Vaccination North-Western Provinces and Oudh 1878-1895 - 1878-1895
Year: 1878
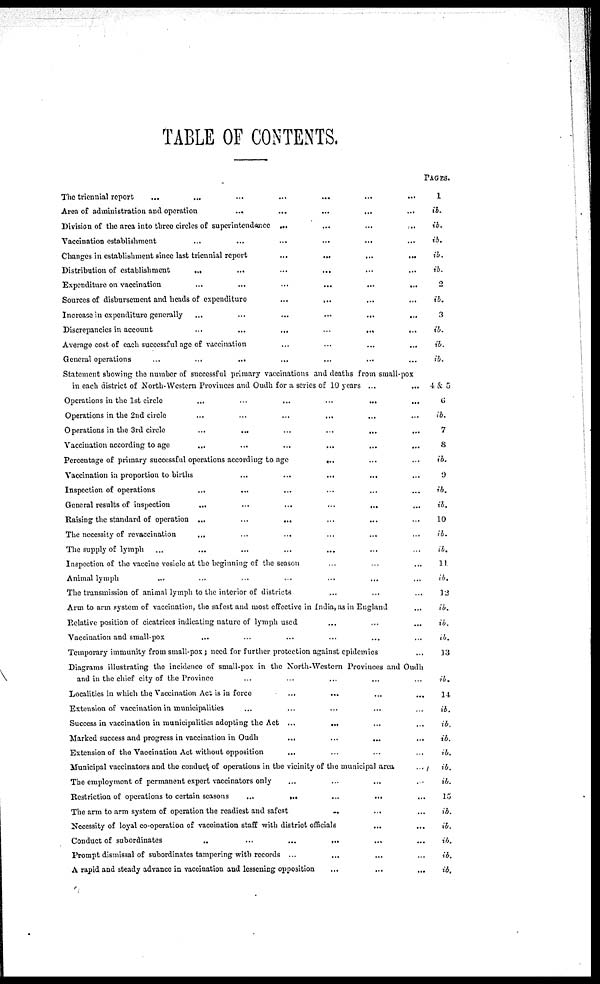
TABLE OF CONTENTS.
The triennial report ... ... ... ... ... ... ...
Area of administration and operation
...
...
...
...
...
Division of the area into three circles of superintendance ... ... ... ...
Vaccination establishment
...
...
...
...
...
...
Changes in establishment since last triennial report ... ... ... ...
Distribution of establishment ... ... ... ... ... ...
Expenditure on vaccination
...
...
...
...
...
...
Sources of disbursement and heads of expenditure ... ... ... ...
Increase in expenditure generally
...
...
...
...
...
...
Discrepancies in account
...
...
...
...
...
...
Average cost of each successful age of vaccination ... ... ... ...
General operations ... ... ... ... ... ... ...
Statement showing the number of successful primary vaccinations and deaths from small-pox
in each district of North-Western Provinces and Oudh for a scries of 10 years ... ...
Operations in the 1st circle ... ... ... ... ...
Operations in the 2nd circle ... ... ... ... ...
Operations in the 3rd circle ... ... ... ... ...
Vaccination according to age ... ... ... ... ...
Percentage of primary successful operations according to age ... ... ...
Vaccination in proportion to births ... ... ... ... ...
Inspection of operations ... ... ... ... ... ...
General results of inspection
...
...
...
...
...
...
Raising the standard of operation ... ... ... ... ... ...
The necessity of revaccination ... ... ... ... ... ...
The supply of lymph ... ... ... ... ... ... ...
Inspection of the vaccine vosicle at the beginning of the season ... ... ...
Animal lymph ... ... ... ... ... ... ...
The transmission of animal lymph to the interior of districts ... ... ...
Arm to arm system of vaccination, the safest and most effective in India, as in England ...
Relative position of cicatrices indicating nature of lymph used ... ... ...
Vaccination and small-pox ... ... ... ... ... ...
Temporary immunity from small-pox ; need for further protection against epidemics ...
Diagrams illustrating the incidence of small-pox in the North-Western Provinoes and Oudh
and in the chief city of the Province ... ... ... ... ...
Localities in which the Vaccination Act is in force ... ... ... ...
Extension of vaccination in municipalities ... ... ... ... ...
Success in vaccination in municipalities adopting the Act ...
... ... ...
Marked success and progress in vaccination in Oudh
...
...
...
...
Extension of the Vaccination Act without opposition ... ... ... ...
Municipal vaccinators and the conduct of operations in the vicinity of the municipal area ...
The employmont of permanent expert vaccinators only ... ... ... ...
Restriction of operations to certain seasons ... ... ... ... ...
The arm to arm system of operation the readiest and safest ... ... ...
Necessity of loyal co-operation of vaccination staff with district officials ... ...
Conduct of subordinates
...
...
...
...
...
...
Prompt dismissal of subordinates tampering with records ... ... ... ...
A rapid and steady advance in vaccination and lessening opposition ... ... ...
PAGES.
l
ib.
ib.
ib.
ib.
ib.
2
ib.
3
ib.
ib.
ib.
4 & 5
6
ib.
7
8
ib.
9
ib.
ib.
10
ib.
ib.
11.
ib.
12
ib.
ib.
ib.
13
ib.
14
ib.
ib.
ib.
ib.
ib.
ib.
15
ib.
ib.
ib.
ib.
ib.